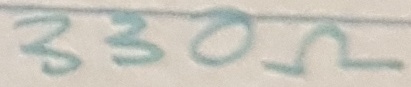
Text: 330Ω